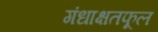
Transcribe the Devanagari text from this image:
गंधाक्षतफूल